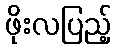
ဖိုးလပြည့်